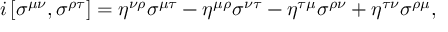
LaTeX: i \left[ \sigma ^ { \mu \nu } , \sigma ^ { \rho \tau } \right] = \eta ^ { \nu \rho } \sigma ^ { \mu \tau } - \eta ^ { \mu \rho } \sigma ^ { \nu \tau } - \eta ^ { \tau \mu } \sigma ^ { \rho \nu } + \eta ^ { \tau \nu } \sigma ^ { \rho \mu } ,